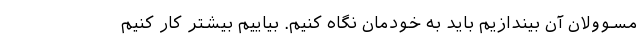
مسوولان آن بیندازیم باید به خودمان نگاه کنیم. بیاییم بیشتر کار کنیم